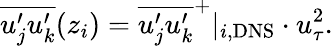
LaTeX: \overline{{u_{j}^{\prime}u_{k}^{\prime}}}(z_{i})=\overline{{u_{j}^{\prime}u_{k}^{\prime}}}^{+}\vert_{i,\mathrm{DNS}}\cdot u_{\tau}^{2}.